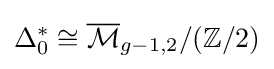
\Delta _{0}^{*}\cong {\overline {\mathcal {M}}}_{g-1,2}/(\mathbb {Z} /2)